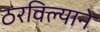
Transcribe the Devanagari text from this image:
ठरविल्याने